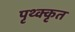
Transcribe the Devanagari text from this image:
पृथ्क्कृत